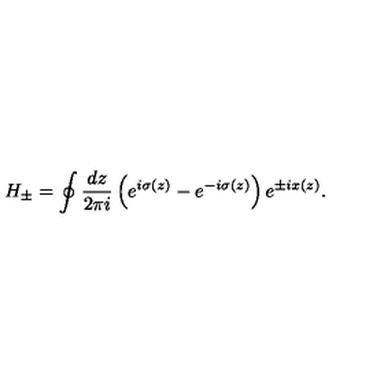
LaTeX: H _ { \pm } = \oint \frac { d z } { 2 \pi i } \left( e ^ { i \sigma ( z ) } - e ^ { - i \sigma ( z ) } \right) e ^ { \pm i x ( z ) } .